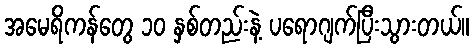
အမေရိကန်တွေ ၁၀ နှစ်တည်းနဲ့ ပရောဂျက်ပြီးသွားတယ်။